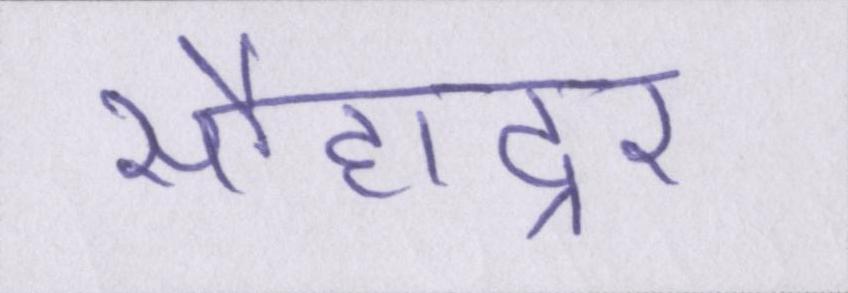
सौहाद्र्र